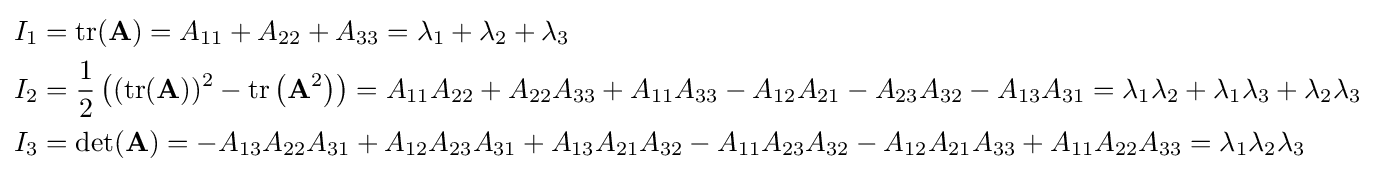
{\begin{aligned}I_{1}&=\mathrm {tr} (\mathbf {A} )=A_{11}+A_{22}+A_{33}=\lambda _{1}+\lambda _{2}+\lambda _{3}\\I_{2}&={\frac {1}{2}}\left((\mathrm {tr} (\mathbf {A} ))^{2}-\mathrm {tr} \left(\mathbf {A} ^{2}\right)\right)=A_{11}A_{22}+A_{22}A_{33}+A_{11}A_{33}-A_{12}A_{21}-A_{23}A_{32}-A_{13}A_{31}=\lambda _{1}\lambda _{2}+\lambda _{1}\lambda _{3}+\lambda _{2}\lambda _{3}\\I_{3}&=\det(\mathbf {A} )=-A_{13}A_{22}A_{31}+A_{12}A_{23}A_{31}+A_{13}A_{21}A_{32}-A_{11}A_{23}A_{32}-A_{12}A_{21}A_{33}+A_{11}A_{22}A_{33}=\lambda _{1}\lambda _{2}\lambda _{3}\end{aligned}}